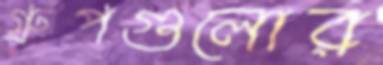
গ্রুপগুলোর